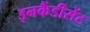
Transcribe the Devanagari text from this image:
इनकैंडीसेंट